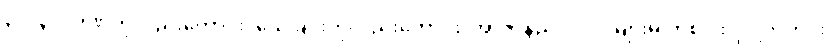
၃၁၊ ၃၂၊ ဒဏ်ကိုလည်းကောင်း၊ သေခြင်းကိုလည်းကောင်း၊ အာဇာနည် ပုဂ္ဂိုလ်များမှ တစ်ပါး ပုဂ္ဂိုလ်တိုင်း